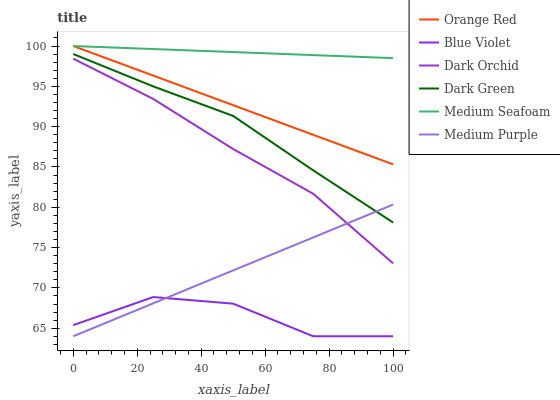
| xaxis_label | Orange Red | Blue Violet | Dark Orchid | Dark Green | Medium Seafoam | Medium Purple |
 | --- | --- | --- | --- | --- | --- | --- |
 | 0 | 100 | 65.4 | 98.4 | 99 | 100 | 64 |
 | 25 | 96.3 | 68.9 | 93.4 | 95 | 99.6 | 68.1 |
 | 50 | 92.7 | 68 | 87.2 | 91.3 | 99.2 | 72.2 |
 | 75 | 89 | 64 | 81.7 | 84.6 | 98.9 | 76.3 |
 | 100 | 85.3 | 64 | 73 | 78.1 | 98.5 | 80.3 |